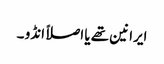
ایرانین تھے یا اصلاً انڈو ۔